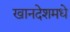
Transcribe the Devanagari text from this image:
खानदेशमधे